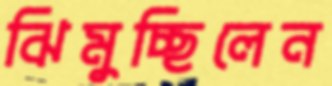
ঝিমুচ্ছিলেন